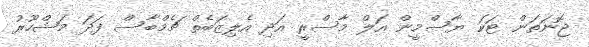
ޖޮނަތަން ޓަކަ ޔާސްމީން އަލް މާސްރީ އަދި އެލިޒަބެތް ޗެމްބާސް ފަދަ މަޝްހޫރު